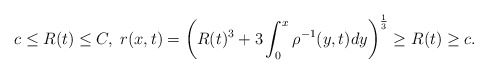
\begin{align*} c\leq R(t)\leq C,\; r(x,t)=\left(R(t)^3+3\int_0^x\rho^{-1}(y,t)dy\right)^{\frac{1}{3}}\geq R(t)\geq c.\end{align*}